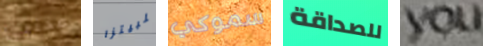
مختبئ للبيتزا سموكي للصداقة you